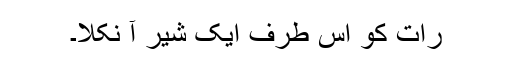
رات کو اس طرف ایک شیر آ نکلا۔